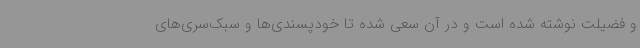
و فضیلت نوشته شده است و در آن سعی شده تا خودپسندی‌ها و سبک‌سری‌های